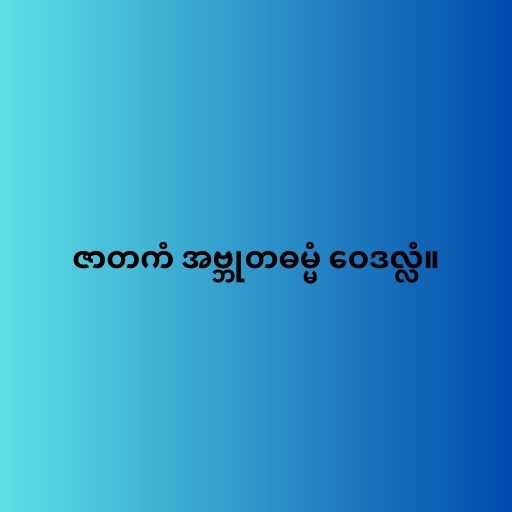
ဇာတကံ အဗ္ဘုတဓမ္မံ ဝေဒလ္လံ။